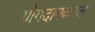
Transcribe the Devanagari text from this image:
योगदानकरता